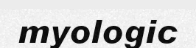
myologic